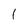
Character: l